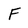
Character: F